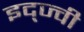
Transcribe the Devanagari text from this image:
इद्ज्वी